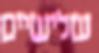
שלישיים